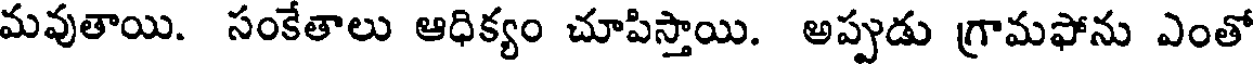
మవుతాయి. సంకేతాలు ఆధిక్యం చూపిస్తాయి. అప్పుడు గ్రామఫోను ఎంతో